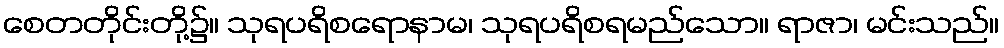
စေတတိုင်းတို့၌။ သုရပရိစရောနာမ၊ သုရပရိစရမည်သော။ ရာဇာ၊ မင်းသည်။